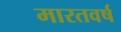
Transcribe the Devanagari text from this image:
मारतवर्ष